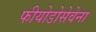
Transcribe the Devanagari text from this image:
फीयोडोसेवेना